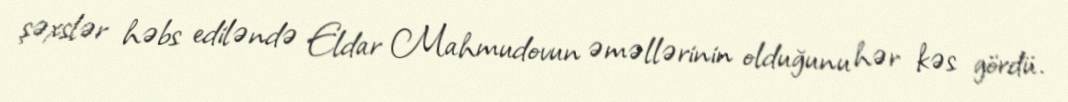
şəxslər həbs ediləndə Eldar Mahmudovun əməllərinin olduğunu hər kəs gördü.